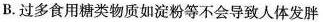
B.过多食用糖类物质如淀粉等不会导致人体发胖